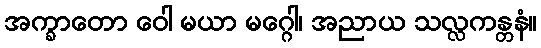
အက္ခာတော ဝေါ မယာ မဂ္ဂေါ၊ အညာယ သလ္လကန္တနံ။